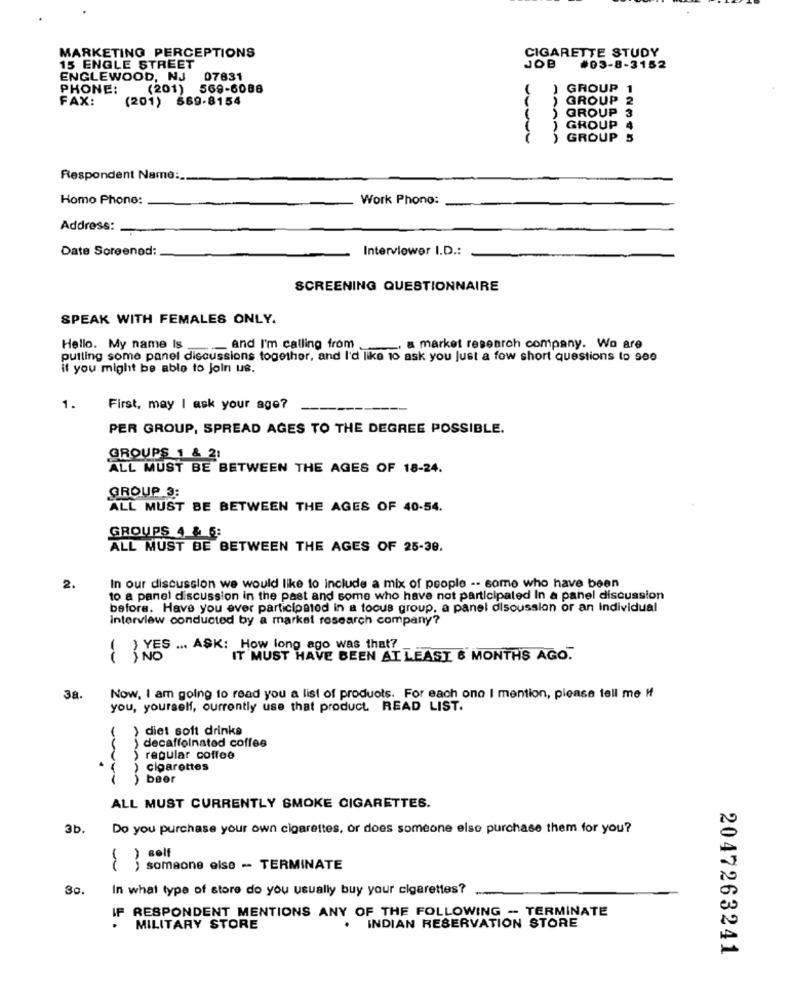
CIGARETTE STUDY
MARKETING PERCEPTIONS
15 ENGLE STREET
JOB
#03-8-3152
ENGLEWOOD, NJ
07831
PHONE:
(201)
569-6088
) GROUP
1
FAX:
(201) 569-8154
GROUP 2
GROUP
3
) GROUP
) GROUP S
AAAAA
Respondent Name :..
Homo Phono:
Work Phone:
Address: _
Date Screened:
Interviewer I.D .:
SCREENING QUESTIONNAIRE
SPEAK WITH FEMALES ONLY.
Hello. My name Is
and I'm calling from
a market research company. Wo are
putting some panel discussions together, and I'd like to ask you Just a fow short questions to 900
if you might be able to Join us.
1.
First, may I ask your age?
PER GROUP, SPREAD AGES TO THE DEGREE POSSIBLE.
GROUPS 1 & 2:
ALL MUST BE BETWEEN THE AGES OF 18-24.
GROUP 3:
ALL MUST BE BETWEEN THE AGES OF 40-54.
GROUPS 4 & 5:
ALL MUST BE BETWEEN THE AGES OF 25-38.
2.
In our discussion we would like to include a mix of people -- some who have been
to a panel discussion in the past and some who have not participated In a panel discussion
before. Have you ever participated in a focus group, a panel discussion or an Individual
interview conducted by a market research company?
( ) YES ... ASK: How long ago was that?
IT MUST HAVE BEEN AT LEAST & MONTHS AGO.
38.
Now, I am going to read you a list of products. For each one I mention, please tell me I
you, yourself, currently use that product. READ LIST.
( ) diet soft drinks
decaffeinated coffee
) regular coffee
) cigarettes
) beer
ALL MUST CURRENTLY SMOKE CIGARETTES.
3b.
Do you purchase your own cigarettes, or does someone else purchase them for you?
someone else - TERMINATE
30.
In what type of store do you usually buy your cigarettes?
IF RESPONDENT MENTIONS ANY OF THE FOLLOWING - TERMINATE
MILITARY STORE
.
INDIAN RESERVATION STORE
2047263241